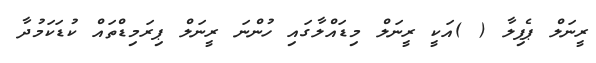
ރީނަލް ޕެޕިލާ ( )އަކީ ރީނަލް މިޑައްލާގައި ހުންނަ ރީނަލް ޕިރަމިޑްތައް ކުޑަކަމުދާ